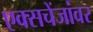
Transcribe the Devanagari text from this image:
एक्सचेंजांवर